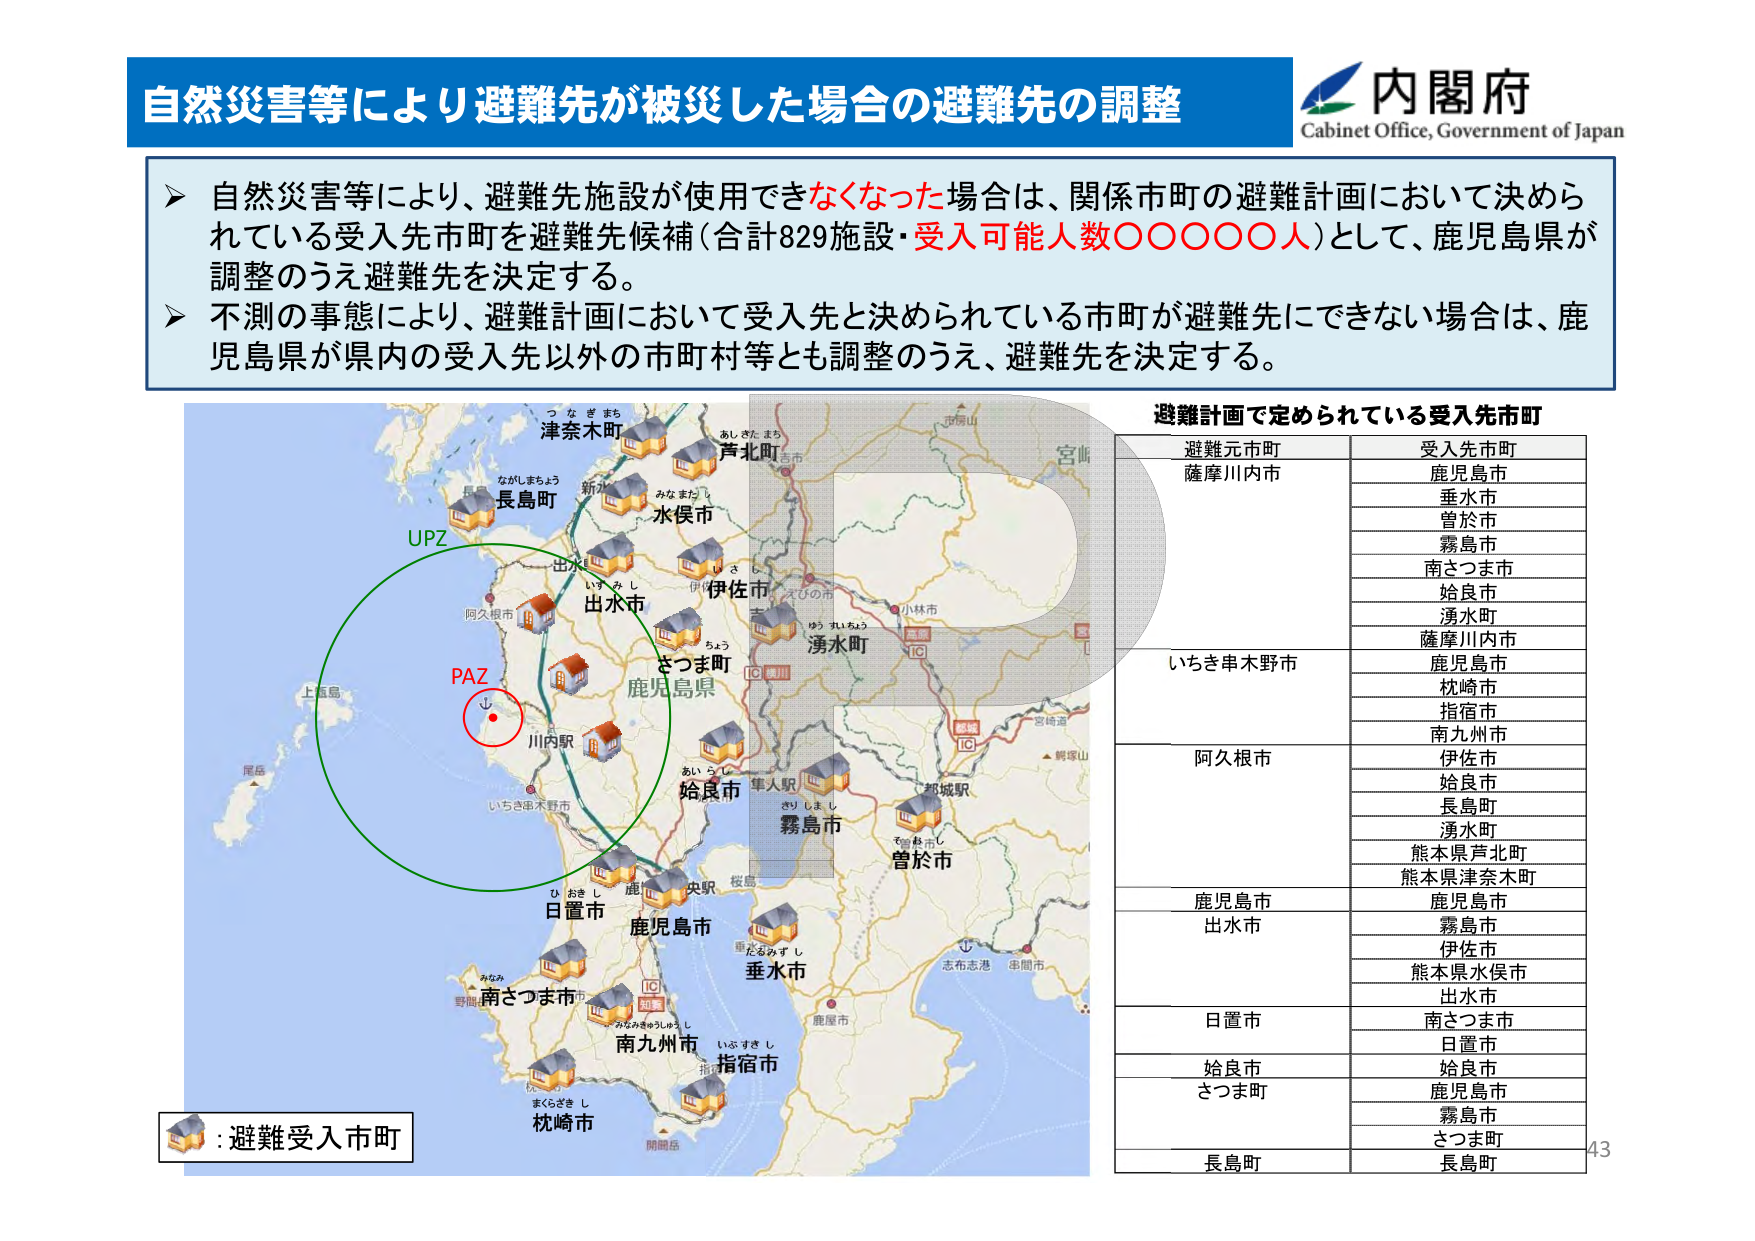
自然災害等により避難先が被災した場合の避難先の調整
内閣府
Cabinet Office, Government of Japan

➤ 自然災害等により、避難先施設が使用できなくなった場合は、関係市町の避難計画において決められている受入先市町を避難先候補（合計829施設・受入可能人数〇〇〇〇〇人）として、鹿児島県が調整のうえ避難先を決定する。
➤ 不測の事態により、避難計画において受入先と決められている市町が避難先にできない場合は、鹿児島県が県内の受入先以外の市町村等とも調整のうえ、避難先を決定する。

避難計画で定められている受入先市町
避難元市町　　　　　受入先市町
薩摩川内市　　　　　鹿児島市
　　　　　　　　　　垂水市
　　　　　　　　　　曽於市
　　　　　　　　　　霧島市
　　　　　　　　　　南さつま市
　　　　　　　　　　姶良市
　　　　　　　　　　湧水町
　　　　　　　　　　薩摩川内市
いちき串木野市　　　鹿児島市
　　　　　　　　　　枕崎市
　　　　　　　　　　指宿市
　　　　　　　　　　南九州市
阿久根市　　　　　　伊佐市
　　　　　　　　　　姶良市
　　　　　　　　　　長島町
　　　　　　　　　　湧水町
　　　　　　　　　　熊本県芦北町
　　　　　　　　　　熊本県津奈木町
鹿児島市　　　　　　鹿児島市
出水市　　　　　　　霧島市
　　　　　　　　　　伊佐市
　　　　　　　　　　熊本県水俣市
　　　　　　　　　　出水市
日置市　　　　　　　南さつま市
　　　　　　　　　　日置市
姶良市　　　　　　　姶良市
さつま町　　　　　　鹿児島市
　　　　　　　　　　霧島市
　　　　　　　　　　さつま町
長島町　　　　　　　長島町

:避難受入市町
UPZ
PAZ
つ な ぎ まち
津奈木町
あし きた まち
芦北町
ながしまちょう
長島町
新水
みなまたい
水俣市
い ず み し
出水市
い さ し
伊佐市
さつま町
鹿児島県
川内駅
あいらし
姶良市
ひ おき し
日置市
鹿児島市
南さつま市
みなみきゅうしゅうし
南九州市
いぶすき し
指宿市
まくらざき し
枕崎市
湧水町
小林市
宮崎
市房山
志布志港
串間市
鹿屋市
都城駅
隼人駅
桜島
重たなみずし
垂水市
霧島市
さり しまし
曽於市
開聞岳
野間
上甑島
尾島
阿久根市
いちき串木野市
43